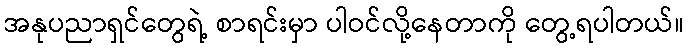
အနုပညာရှင်တွေရဲ့ စာရင်းမှာ ပါဝင်လို့နေတာကို တွေ့ရပါတယ်။